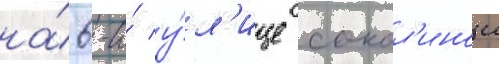
на́ 6-и́ у́л'ице сокол'инои